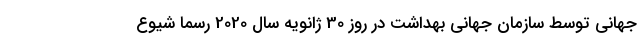
جهانی توسط سازمان جهانی بهداشت در روز 30 ژانویه سال 2020 رسماً شیوع